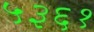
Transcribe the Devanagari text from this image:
५३६१